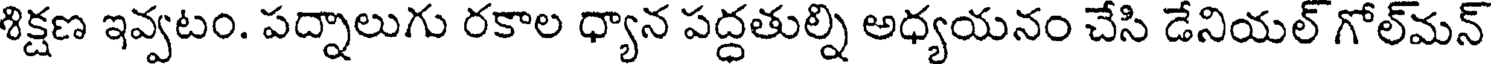
శిక్షణ ఇవ్వటం. పద్నాలుగు రకాల ధ్యాన పద్ధతుల్ని అధ్యయనం చేసి డేనియల్ గోల్మన్